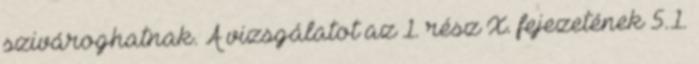
szivároghatnak. A vizsgálatot az 1. rész X. fejezetének 5.1.